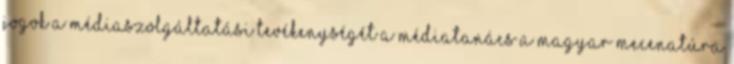
jogok A médiaszolgáltatási tevékenységét a Médiatanács a Magyar Mecenatúra